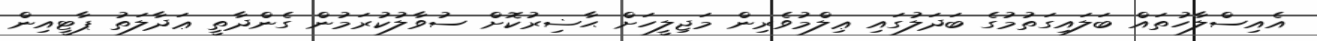
އެއިސްލާހުތައް ބަލައިގަތުމުގެ ބަދަލުގައި ޢިލްމުވެރިން މަޖިލީހަށް ޙާޟިރުކޮށް ސުވާލުކުރަމުން ގެންދާތީ ޢަދާލަތު ޕާޓީއިން